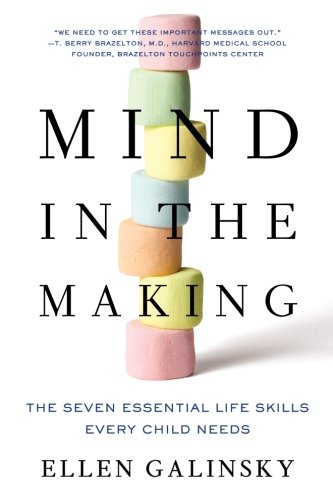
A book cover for Mind in the Making: The Seven Essential Life Skills Every Child Needs; Ellen Galinsky; Parenting & Relationships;